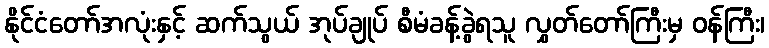
နိုင်ငံတော်အလုံးနှင့် ဆက်သွယ် အုပ်ချုပ် စီမံခန့်ခွဲရသူ လွှတ်တော်ကြီးမှ ဝန်ကြီး၊